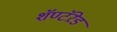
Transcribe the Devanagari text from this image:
शॅण्टॅऱेड